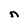
Character: n